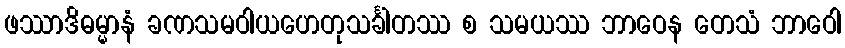
ဖဿာဒိဓမ္မာနံ ခဏသမဝါယဟေတုသင်္ခါတဿ စ သမယဿ ဘာဝေန တေသံ ဘာဝေါ